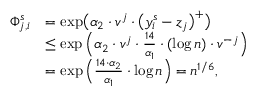
\begin{array} { r l } { \Phi _ { j , i } ^ { s } } & { = \exp \bigl ( \alpha _ { 2 } \cdot v ^ { j } \cdot \bigl ( y _ { i } ^ { s } - z _ { j } \bigr ) ^ { + } \bigr ) } \\ & { \leq \exp \Big ( \alpha _ { 2 } \cdot v ^ { j } \cdot \frac { 1 4 } { \alpha _ { 1 } } \cdot ( \log n ) \cdot v ^ { - j } \Big ) } \\ & { = \exp \Big ( \frac { 1 4 \cdot \alpha _ { 2 } } { \alpha _ { 1 } } \cdot \log n \Big ) = n ^ { 1 / 6 } , } \end{array}